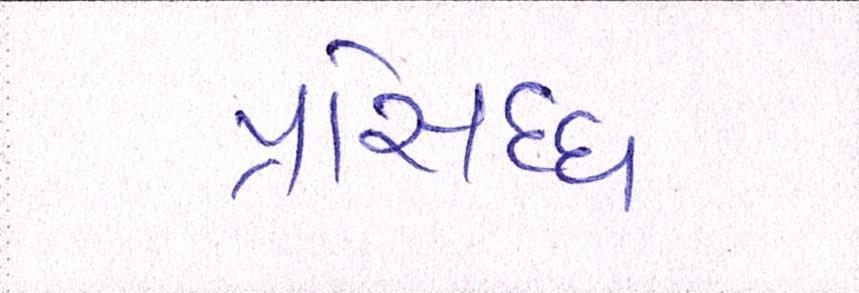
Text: પ્રસિધ્ધ